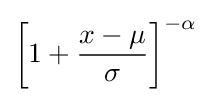
\left[1+{\frac {x-\mu }{\sigma }}\right]^{-\alpha }